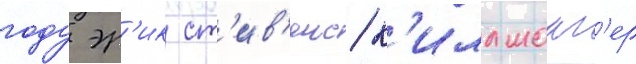
году эр'ик ст'ив'енс/ к'иллмонг'ер